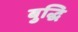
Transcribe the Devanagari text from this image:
बुद्धि